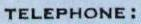
TELEPHONE: